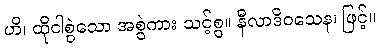
ဟိ၊ ထိုငါစွဲသော အစွဲကား သင့်စွ။ နီလာဒိဝသေန၊ ဖြင့်။